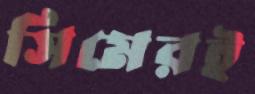
সিমেরই